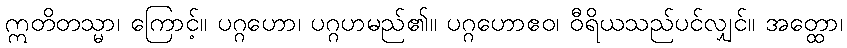
ဣတိတသ္မာ၊ ကြောင့်။ ပဂ္ဂဟော၊ ပဂ္ဂဟမည်၏။ ပဂ္ဂဟောဧဝ၊ ဝီရိယသည်ပင်လျှင်။ အတ္ထော၊